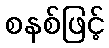
စနစ်ဖြင့်